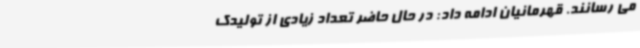
می رسانند. قهرمانیان ادامه داد: در حال حاضر تعداد زیادی از تولیدک